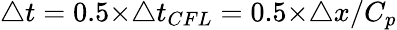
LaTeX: \triangle t=0.5×\triangle t_{CFL}=0.5×\triangle x/C_{p}